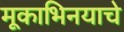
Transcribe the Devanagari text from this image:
मूकाभिनयाचे